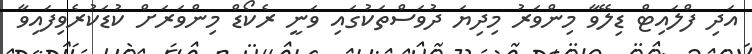
އަދި ފްލައިޓް ޑިލޭވާ މިންވަރު މިދިޔަ ދުވަސްތަކުގައި ވަނީ ރެކޯޑް މިންވަރަށް ކުޑަކުރެވިފައިވާ